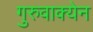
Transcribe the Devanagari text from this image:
गुरुवाक्येन